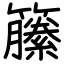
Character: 籘